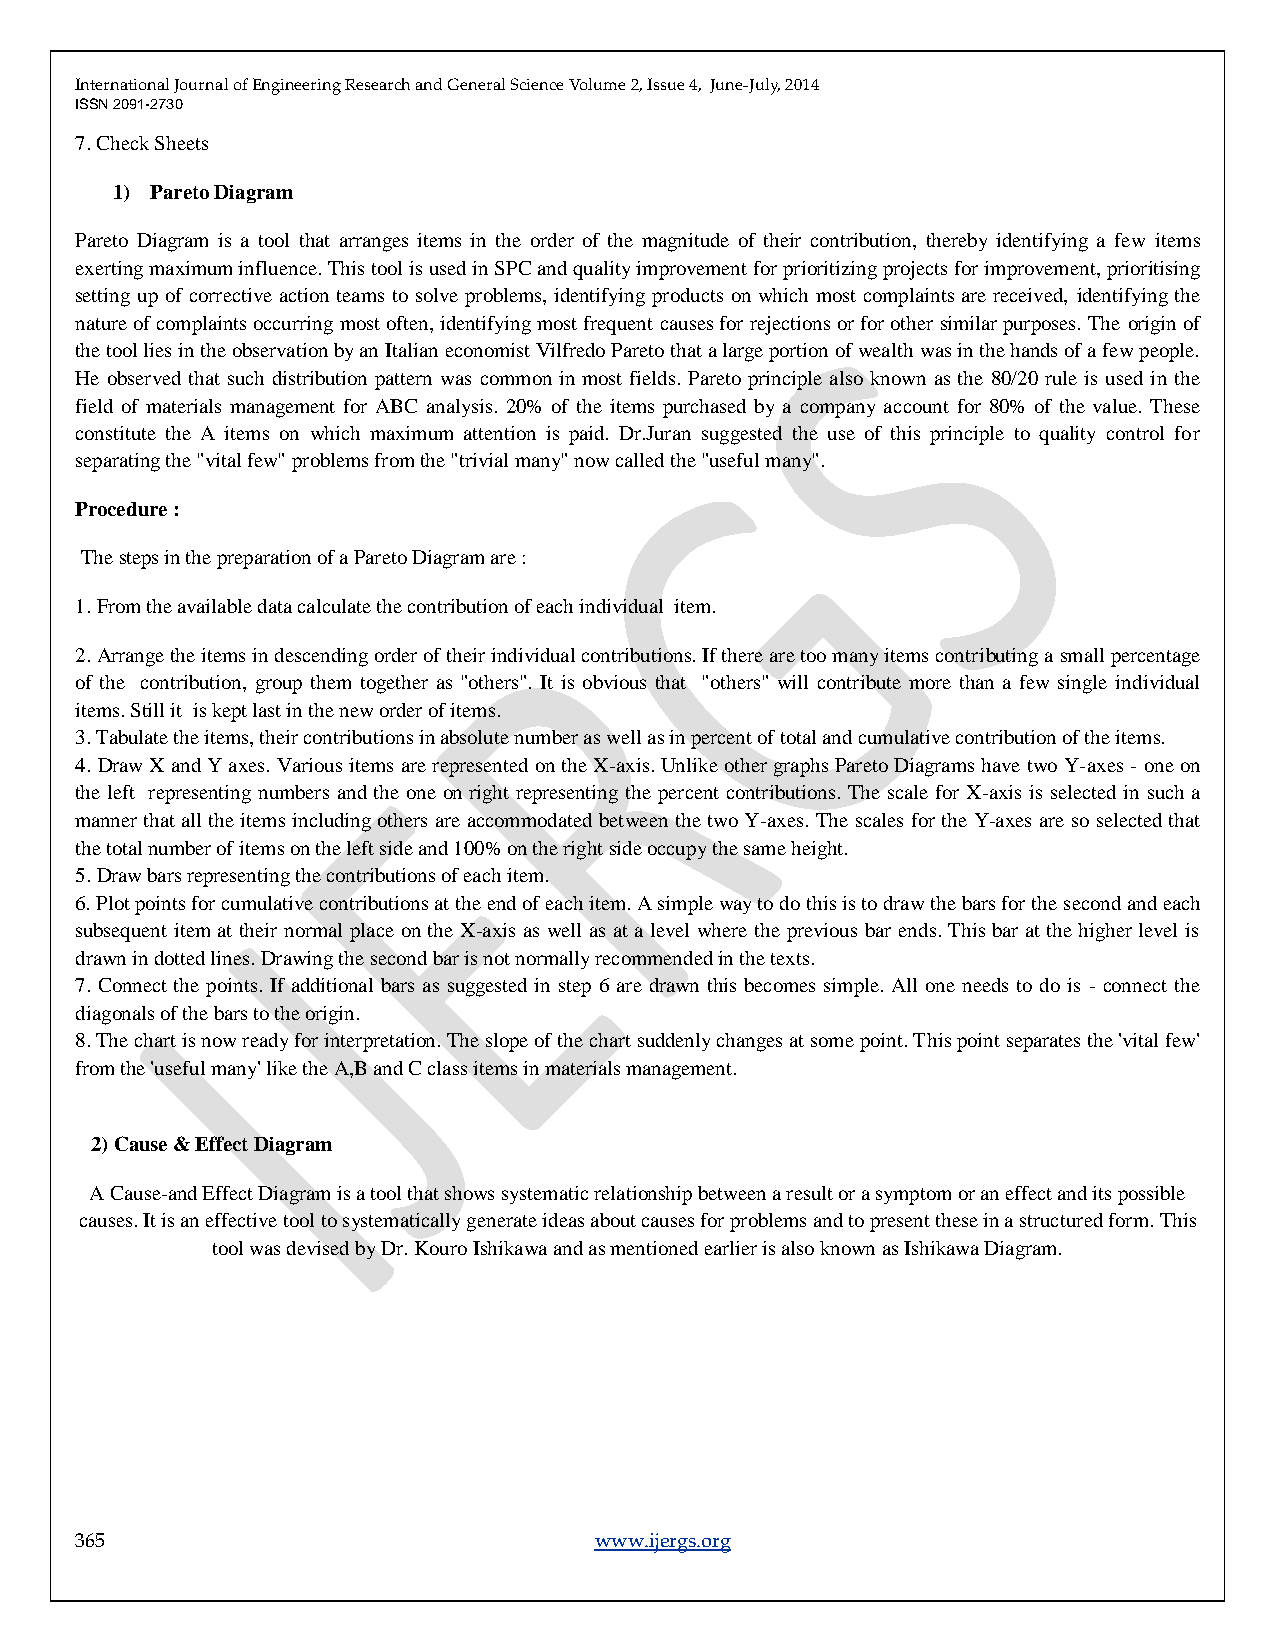
International Journal of Engineering Research and General Science Volume 2, Issue 4, June-July, 2014
 ISSN 2091-2730
 7. Check Sheets
 1) Pareto Diagram
 Pareto Diagram is a tool that arranges items in the order of the magnitude of their contribution, thereby identifying a few items
 exerting maximum influence. This tool is used in SPC and quality improvement for prioritizing projects for improvement, prioritising
 setting up of corrective action teams to solve problems, identifying products on which most complaints are received, identifying the
 nature of complaints occurring most often, identifying most frequent causes for rejections or for other similar purposes. The origin of
 the tool lies in the observation by an Italian economist Vilfredo Pareto that a large portion of wealth was in the hands of a few people.
 He observed that such distribution pattern was common in most fields. Pareto principle also known as the 80/20 rule is used in the
 field of materials management for ABC analysis. 20% of the items purchased by a company account for 80% of the value. These
 constitute the A items on which maximum attention is paid. Dr.Juran suggested the use of this principle to quality control for
 separating the "vital few" problems from the "trivial many" now called the "useful many".
 Procedure :
 The steps in the preparation of a Pareto Diagram are :
 1. From the available data calculate the contribution of each individual item.
 2. Arrange the items in descending order of their individual contributions. If there are too many items contributing a small percentage
 of the contribution, group them together as "others". It is obvious that "others" will contribute more than a few single individual
 items. Still it is kept last in the new order of items.
 3. Tabulate the items, their contributions in absolute number as well as in percent of total and cumulative contribution of the items.
 4. Draw X and Y axes. Various items are represented on the X-axis. Unlike other graphs Pareto Diagrams have two Y-axes - one on
 the left representing numbers and the one on right representing the percent contributions. The scale for X-axis is selected in such a
 manner that all the items including others are accommodated between the two Y-axes. The scales for the Y-axes are so selected that
 the total number of items on the left side and 100% on the right side occupy the same height.
 5. Draw bars representing the contributions of each item.
 6. Plot points for cumulative contributions at the end of each item. A simple way to do this is to draw the bars for the second and each
 subsequent item at their normal place on the X-axis as well as at a level where the previous bar ends. This bar at the higher level is
 drawn in dotted lines. Drawing the second bar is not normally recommended in the texts.
 7. Connect the points. If additional bars as suggested in step 6 are drawn this becomes simple. All one needs to do is - connect the
 diagonals of the bars to the origin.
 8. The chart is now ready for interpretation. The slope of the chart suddenly changes at some point. This point separates the 'vital few'
 from the 'useful many' like the A,B and C class items in materials management.
 2) Cause & Effect Diagram
 A Cause-and Effect Diagram is a tool that shows systematic relationship between a result or a symptom or an effect and its possible
 causes. It is an effective tool to systematically generate ideas about causes for problems and to present these in a structured form. This
 tool was devised by Dr. Kouro Ishikawa and as mentioned earlier is also known as Ishikawa Diagram.
 365                               www.ijergs.org